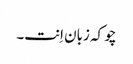
چو کہ زبان اِنت۔